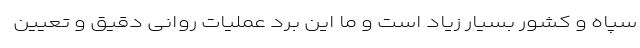
سپاه و کشور بسیار زیاد است و ما این بُرد عملیات روانی دقیق و تعیین